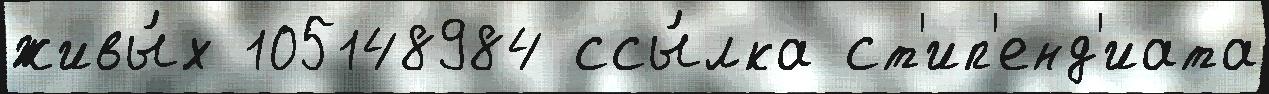
живы́х 105148984 ссы́лка ст'ип'енд'иата